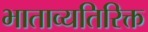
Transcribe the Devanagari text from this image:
भाताव्यतिरिक्त